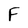
Character: F